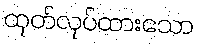
ထုတ်လုပ်ထားသော